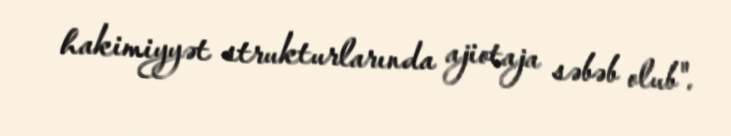
hakimiyyət strukturlarında ajiotaja səbəb olub".